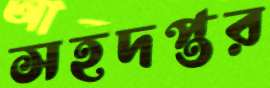
সহদপ্তর